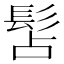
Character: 𩬑